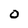
Character: 0